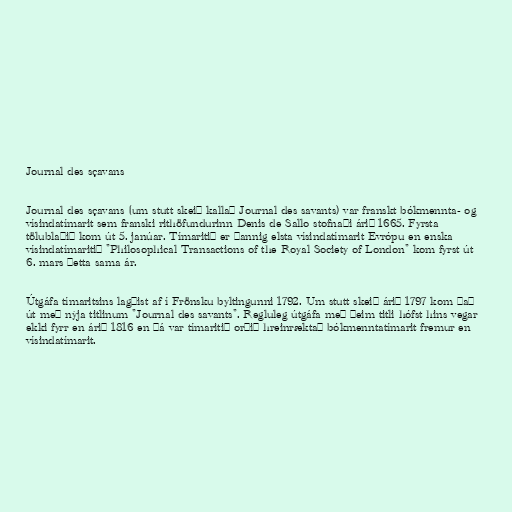
Journal des sçavans

Journal des sçavans (um stutt skeið kallað Journal des savants) var franskt bókmennta- og
vísindatímarit sem franski rithöfundurinn Denis de Sallo stofnaði árið 1665. Fyrsta
tölublaðið kom út 5. janúar. Tímaritið er þannig elsta vísindatímarit Evrópu en enska
vísindatímaritið "Philosophical Transactions of the Royal Society of London" kom fyrst út
6. mars þetta sama ár.

Útgáfa tímaritsins lagðist af í Frönsku byltingunni 1792. Um stutt skeið árið 1797 kom það
út með nýja titlinum "Journal des savants". Regluleg útgáfa með þeim titli hófst hins vegar
ekki fyrr en árið 1816 en þá var tímaritið orðið hreinræktað bókmenntatímarit fremur en
vísindatímarit.